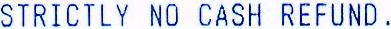
STRICTLY NO CASH REFUND.